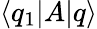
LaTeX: \langle q_{1}|A|q\rangle